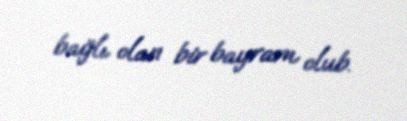
bağlı olan bir bayram olub.